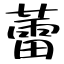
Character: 蕾